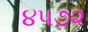
૪૫૭૨